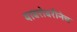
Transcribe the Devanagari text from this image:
याबरोबरीनेच